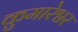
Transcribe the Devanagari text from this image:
कुमारेश्वर